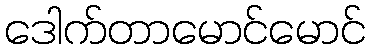
ဒေါက်တာမောင်မောင်